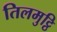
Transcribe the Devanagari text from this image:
तिलमुट्ठि